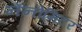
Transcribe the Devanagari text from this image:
नॅनोमिटर